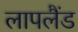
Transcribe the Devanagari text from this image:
लापलैंड